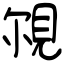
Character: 覙